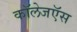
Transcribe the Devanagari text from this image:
कॉलेजऍस